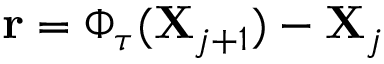
\mathbf { r } = \Phi _ { \tau } ( \mathbf { X } _ { j + 1 } ) - \mathbf { X } _ { j }